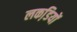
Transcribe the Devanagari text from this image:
लकडि़यों